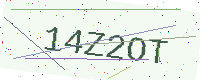
Text: 14Z2OT